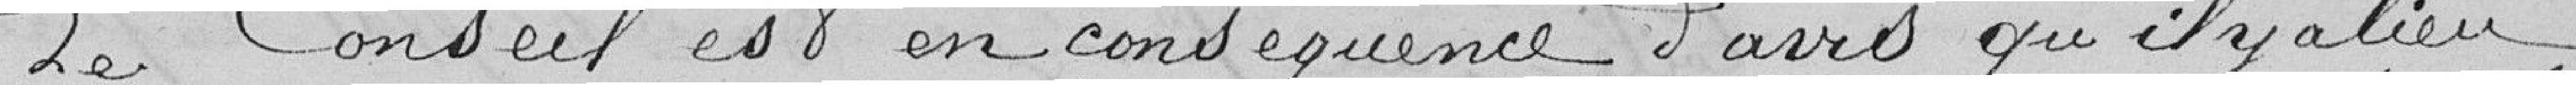
Le Conseil est en conséquence d'avis qu'il y a lieu